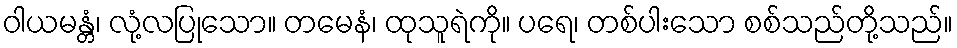
ဝါယမန္တံ၊ လုံ့လပြုသော။ တမေနံ၊ ထုသူရဲကို။ ပရေ၊ တစ်ပါးသော စစ်သည်တို့သည်။